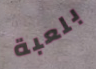
بلعبة